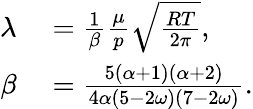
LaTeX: \begin{array}{rl}{\lambda}&{{}=\frac{1}{\beta}\frac{\mu}{p}\sqrt{\frac{RT}{2\pi}},}\\ {\beta}&{{}=\frac{{5(\alpha+1)(\alpha+2)}}{{4\alpha(5-2\omega)(7-2\omega)}}.}\end{array}